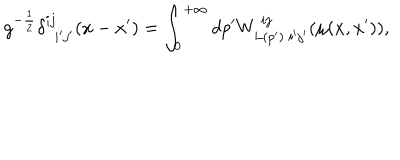
LaTeX: g ^ { - { \frac { 1 } { 2 } } } \delta _ { \ \ i ^ { \prime } j ^ { \prime } } ^ { i j } ( x - x ^ { \prime } ) = \int _ { 0 } ^ { + \infty } d p ^ { \prime } W _ { L ( p ^ { \prime } ) \ i ^ { \prime } j ^ { \prime } } ^ { \ i j } ( \mu ( x , x ^ { \prime } ) ) ,